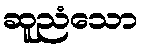
ဆူညံသော